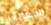
المعايير